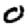
Digit: 0